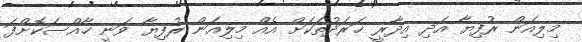
މިލިއަން ރުފިޔާ އަދި އިދާރީ ޚަރަދުތަކަށް އެއް މިލިއަން ރުފިޔާ ވަނީ ޚާއްސަކޮށްފަ